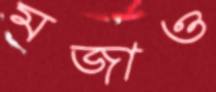
মজাও